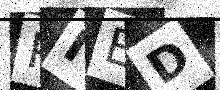
Text: PIED